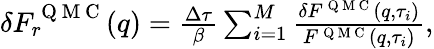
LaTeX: \begin{array}{r}{\delta F_{r}^{\mathrm{~Q~M~C~}}(q)=\frac{\Delta\tau}{\beta}\sum_{i=1}^{M}\frac{\delta F^{\mathrm{~Q~M~C~}}(q,\tau_{i})}{F^{\mathrm{~Q~M~C~}}(q,\tau_{i})},}\end{array}